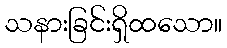
သနားခြင်းရှိထသော။